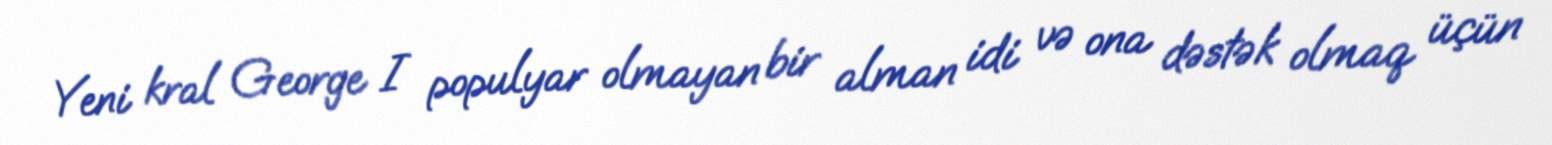
Yeni kral George I populyar olmayan bir alman idi və ona dəstək olmaq üçün